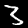
Digit: 3